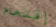
إقتحام